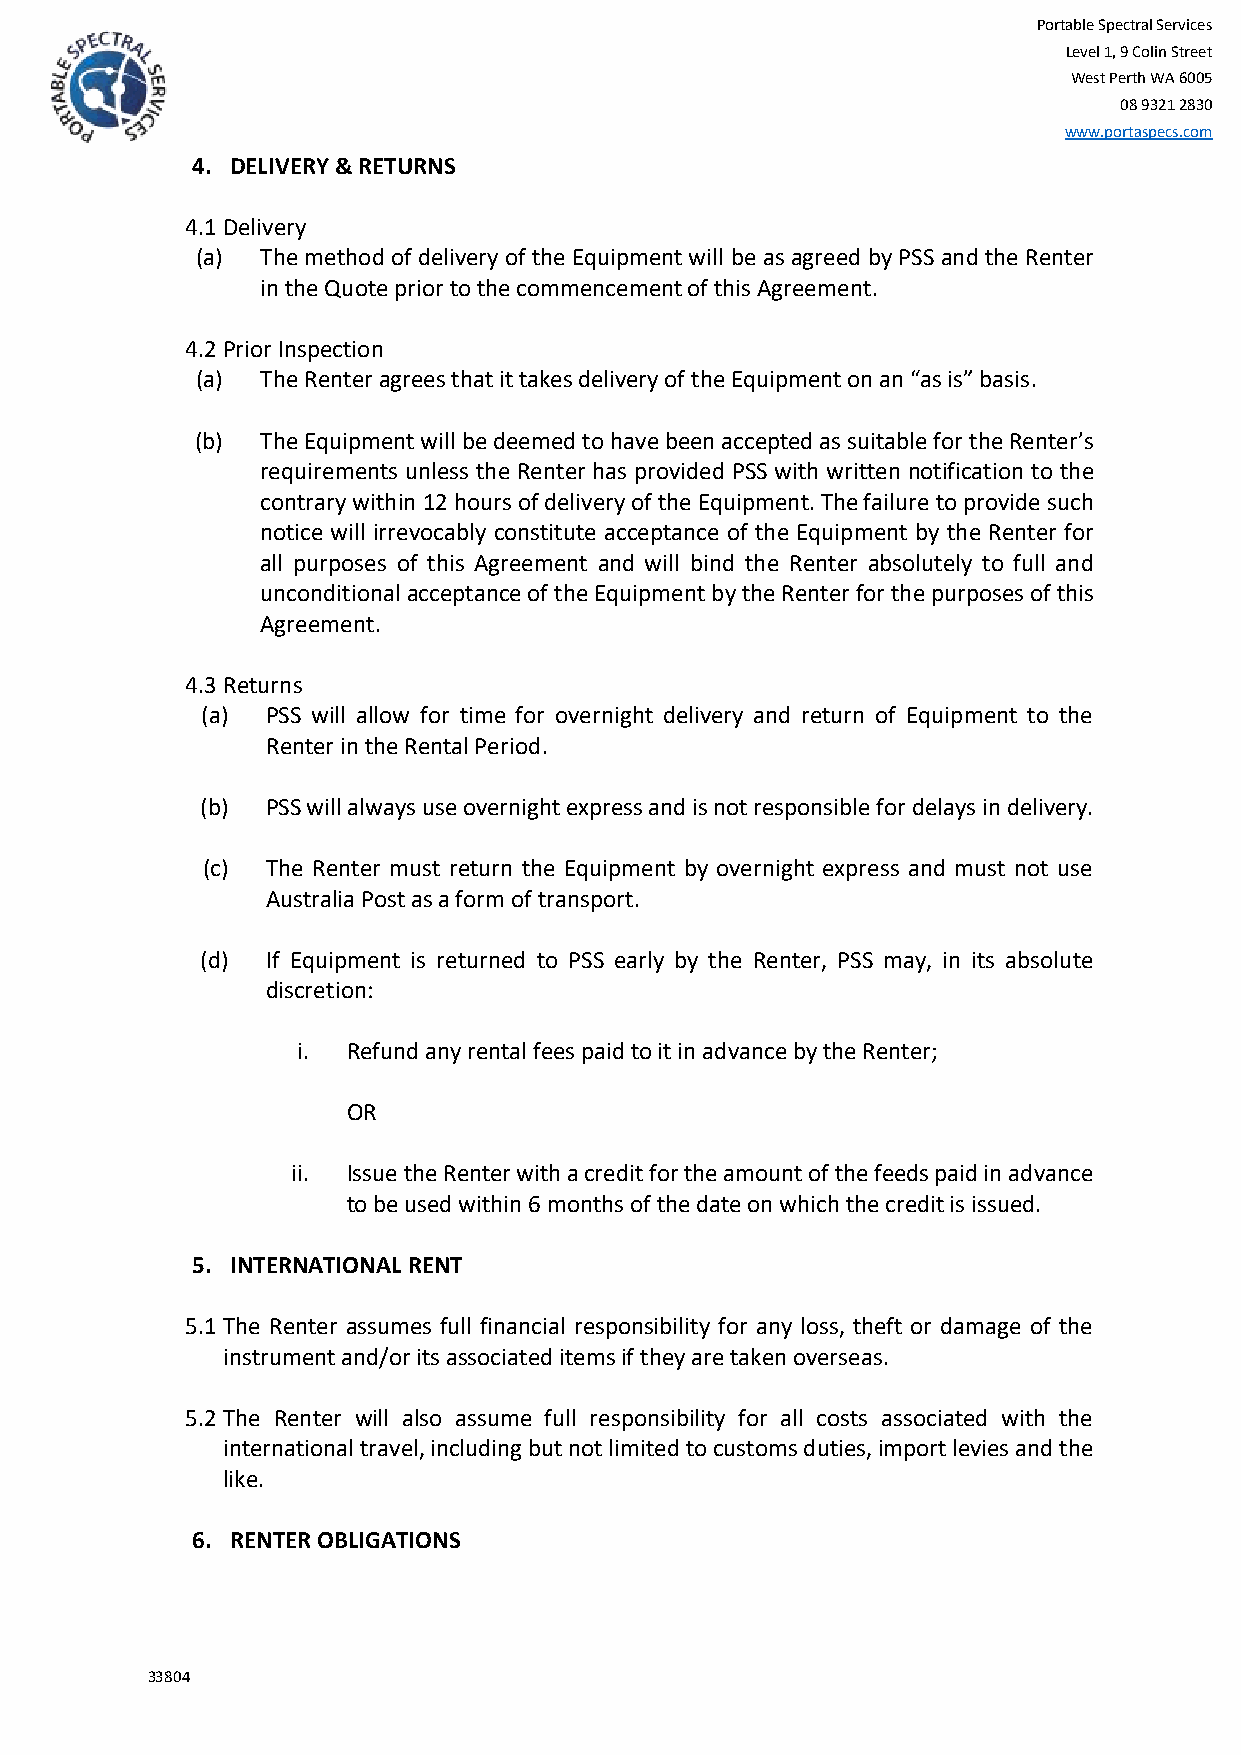
Portable Spectral Services
 Level 1, 9 Colin Street
 West Perth WA 6005
 08 9321 2830
 www.portaspecs.com
 4. DELIVERY & RETURNS
 4.1 Delivery
 (a) The method of delivery of the Equipment will be as agreed by PSS and the Renter
 in the Quote prior to the commencement of this Agreement.
 4.2 Prior Inspection
 (a) The Renter agrees that it takes delivery of the Equipment on an “as is” basis.
 (b) The Equipment will be deemed to have been accepted as suitable for the Renter’s
 requirements unless the Renter has provided PSS with written notification to the
 contrary within 12 hours of delivery of the Equipment. The failure to provide such
 notice will irrevocably constitute acceptance of the Equipment by the Renter for
 all purposes of this Agreement and will bind the Renter absolutely to full and
 unconditional acceptance of the Equipment by the Renter for the purposes of this
 Agreement.
 4.3 Returns
 (a)  PSS will allow for time for overnight delivery and return of Equipment to the
 Renter in the Rental Period.
 (b)  PSS will always use overnight express and is not responsible for delays in delivery.
 (c)  The Renter must return the Equipment by overnight express and must not use
 Australia Post as a form of transport.
 (d)  If Equipment is returned to PSS early by the Renter, PSS may, in its absolute
 discretion:
 i. Refund any rental fees paid to it in advance by the Renter;
 OR
 ii. Issue the Renter with a credit for the amount of the feeds paid in advance
 to be used within 6 months of the date on which the credit is issued.
 5. INTERNATIONAL RENT
 5.1 The Renter assumes full financial responsibility for any loss, theft or damage of the
 instrument and/or its associated items if they are taken overseas.
 5.2 The Renter will also assume full responsibility for all costs associated with the
 international travel, including but not limited to customs duties, import levies and the
 like.
 6. RENTER OBLIGATIONS
 33804